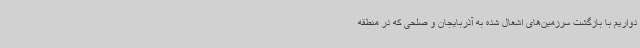
دواریم با بازگشت سرزمین‌های اشغال شده به آذربایجان و صلحی که در منطقه